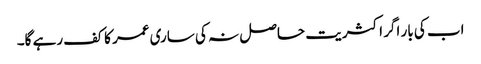
اب کی بار اگر اکثریت حاصل نہ کی ساری عمر کا کف رہے گا۔